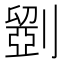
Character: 𠠇